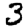
Digit: 3